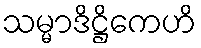
သမ္မာဒိဋ္ဌိကေဟိ